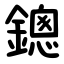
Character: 鏓